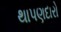
થાપણદારો